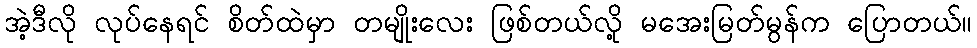
အဲ့ဒီလို လုပ်နေရင် စိတ်ထဲမှာ တမျိုးလေး ဖြစ်တယ်လို့ မအေးမြတ်မွန်က ပြောတယ်။